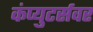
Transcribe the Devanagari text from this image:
कंप्युटर्सवर